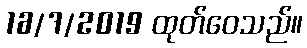
16/7/2019 ထုတ်ဝေသည်။